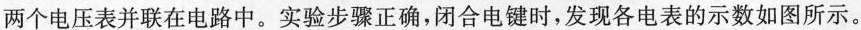
两个电压表并联在电路中。实验步骤正确，闭合电键时，发现各电表的示数如图所示。